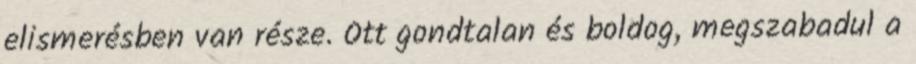
elismerésben van része. Ott gondtalan és boldog, megszabadul a